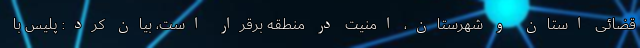
قضائی استان و شهرستان، امنیت در منطقه برقرار است، بیان کرد: پلیس با